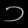
Digit: ၁